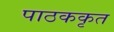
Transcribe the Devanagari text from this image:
पाठककृत